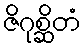
ဇိဂုစ္ဆိတံ